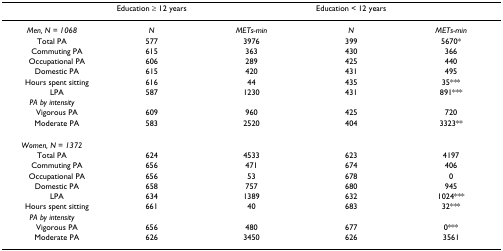
<table><thead><tr><td></td><td><b>Education ≥ 12 years</b></td><td></td><td><b>Education &lt; 12 years</b></td><td></td></tr></thead><tbody><tr><td><i>Men, N = 1068</i></td><td><i>N</i></td><td><i>METs-min</i></td><td><i>N</i></td><td><i>METs-min</i></td></tr><tr><td>Total PA</td><td>577</td><td>3976</td><td>399</td><td>5670*</td></tr><tr><td> Commuting PA</td><td>615</td><td>363</td><td>430</td><td>366</td></tr><tr><td> Occupational PA</td><td>606</td><td>289</td><td>425</td><td>440</td></tr><tr><td> Domestic PA</td><td>615</td><td>420</td><td>431</td><td>495</td></tr><tr><td> Hours spent sitting</td><td>616</td><td>44</td><td>435</td><td>35***</td></tr><tr><td> LPA</td><td>587</td><td>1230</td><td>431</td><td>891***</td></tr><tr><td><i>PA by intensity</i></td><td></td><td></td><td></td><td></td></tr><tr><td> Vigorous PA</td><td>609</td><td>960</td><td>425</td><td>720</td></tr><tr><td> Moderate PA</td><td>583</td><td>2520</td><td>404</td><td>3323**</td></tr><tr><td><i>Women, N = 1372</i></td><td></td><td></td><td></td><td></td></tr><tr><td>Total PA</td><td>624</td><td>4533</td><td>623</td><td>4197</td></tr><tr><td> Commuting PA</td><td>656</td><td>471</td><td>674</td><td>406</td></tr><tr><td> Occupational PA</td><td>656</td><td>53</td><td>678</td><td>0</td></tr><tr><td> Domestic PA</td><td>658</td><td>757</td><td>680</td><td>945</td></tr><tr><td> LPA</td><td>634</td><td>1389</td><td>632</td><td>1024***</td></tr><tr><td> Hours spent sitting</td><td>661</td><td>40</td><td>683</td><td>32***</td></tr><tr><td><i>PA by intensity</i></td><td></td><td></td><td></td><td></td></tr><tr><td> Vigorous PA</td><td>656</td><td>480</td><td>677</td><td>0***</td></tr><tr><td> Moderate PA</td><td>626</td><td>3450</td><td>626</td><td>3561</td></tr></tbody></table>